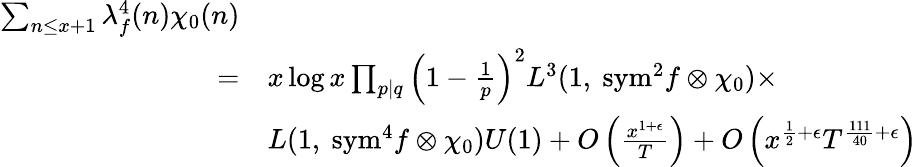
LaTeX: \begin{array}{rl}{\sum_{n\leq x+1}\lambda_{f}^{4}(n)\chi_{0}(n)}\\ {=}&{x\log x\prod_{p\mid q}\left(1-\frac{1}{p}\right)^{2}L^{3}(1,\ \mathrm{{sym}}^{2}f\otimes\chi_{0})\times}\\ &{L(1,\ {\mathrm{sym}}^{4}f\otimes\chi_{0})U(1)+O\left(\frac{x^{1+\epsilon}}{T}\right)+O\left(x^{\frac{1}{2}+\epsilon}T^{\frac{111}{40}+\epsilon}\right)}\end{array}